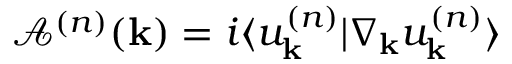
\mathcal { A } ^ { ( n ) } ( \mathbf { k } ) = i \langle u _ { \mathbf { k } } ^ { ( n ) } | \nabla _ { \mathbf { k } } u _ { \mathbf { k } } ^ { ( n ) } \rangle